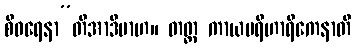
စီဝရေနာ”တိအာဒိမာဟ။ တတ္ထ ကာယပရိဟာရိကေနာတိ